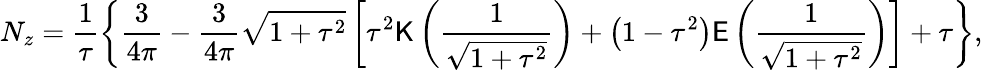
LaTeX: N_{z}=\frac{1}{\tau}\left\{ \frac{3}{4\pi}-\frac{3}{4\pi}\sqrt{1+\tau^{2}}\left[\tau^{2}\mathsf{K}\left(\frac{1}{\sqrt{1+\tau^{2}}}\right)+\left(1-\tau^{2}\right)\mathsf{E}\left(\frac{1}{\sqrt{1+\tau^{2}}}\right)\right]+\tau\right\} ,